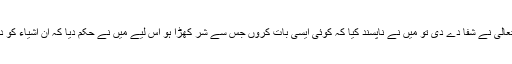
مجھے جب اللہ تعالیٰ نے شفا دے دی تو میں نے ناپسند کیا کہ کوئی ایسی بات کروں جس سے شر کھڑا ہو اس لیے میں نے حکم دیا کہ ان اشیاء کو دفن کر دیا جائے۔